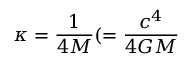
\kappa = { \frac { 1 } { 4 M } } ( = { \frac { c ^ { 4 } } { 4 G M } }